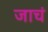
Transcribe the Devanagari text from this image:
जाचं